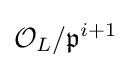
{\mathcal {O}}_{L}/{\mathfrak {p}}^{i+1}